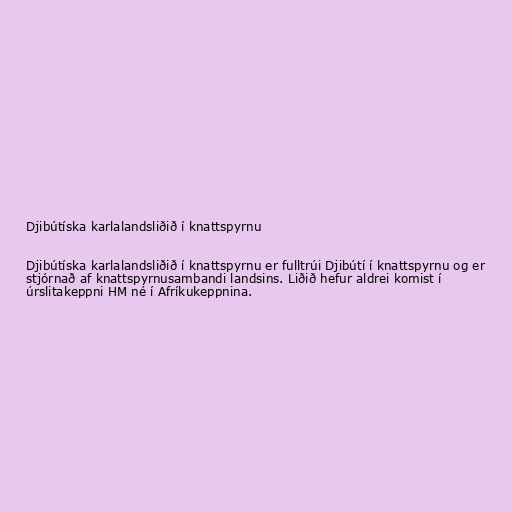
Djibútíska karlalandsliðið í knattspyrnu

Djibútíska karlalandsliðið í knattspyrnu er fulltrúi Djibútí í knattspyrnu og er
stjórnað af knattspyrnusambandi landsins. Liðið hefur aldrei komist í
úrslitakeppni HM né í Afríkukeppnina.